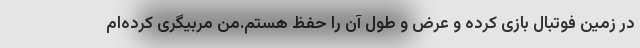
در زمین فوتبال بازی کرده و عرض و طول آن را حفظ هستم.من مربیگری کرده‌ام